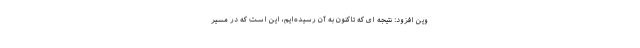
وین افزود: نتیجه ای که تاکنون به آن رسیده‌ایم، این است که در مسیر